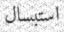
استبسال